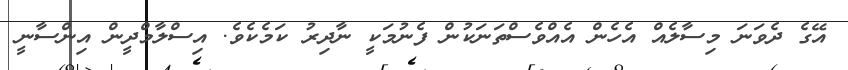
އޭގެ ދެވަނަ މިސާލެއް އެހެން އެއްވެސްތަނަކުން ފެނުމަކީ ނާދިރު ކަމެކެވެ. އިސްލާމްދީން އިންސާނީ